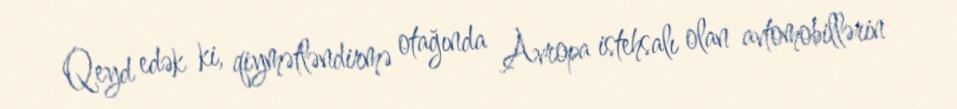
Qeyd edək ki, qiymətləndirmə otağında Avropa istehsalı olan avtomobillərin